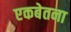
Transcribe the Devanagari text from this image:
एकबेतना